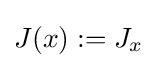
J(x):=J_{x}